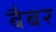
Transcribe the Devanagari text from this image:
बैबर